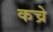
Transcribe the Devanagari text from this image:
कच्रे